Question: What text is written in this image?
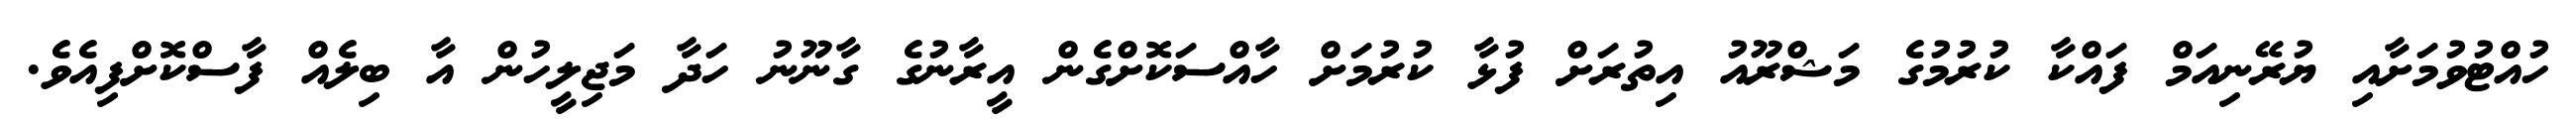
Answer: ހުއްޓުވުމަށާއި ޔުރޭނިއަމް ފައްކާ ކުރުމުގެ މަޝްރޫއު އިތުރަށް ފުޅާ ކުރުމަށް ހާއްސަކޮށްގެން އީރާނުގެ ގާނޫނު ހަދާ މަޖިލީހުން އާ ބިލެއް ފާސްކޮށްފިއެވެ.